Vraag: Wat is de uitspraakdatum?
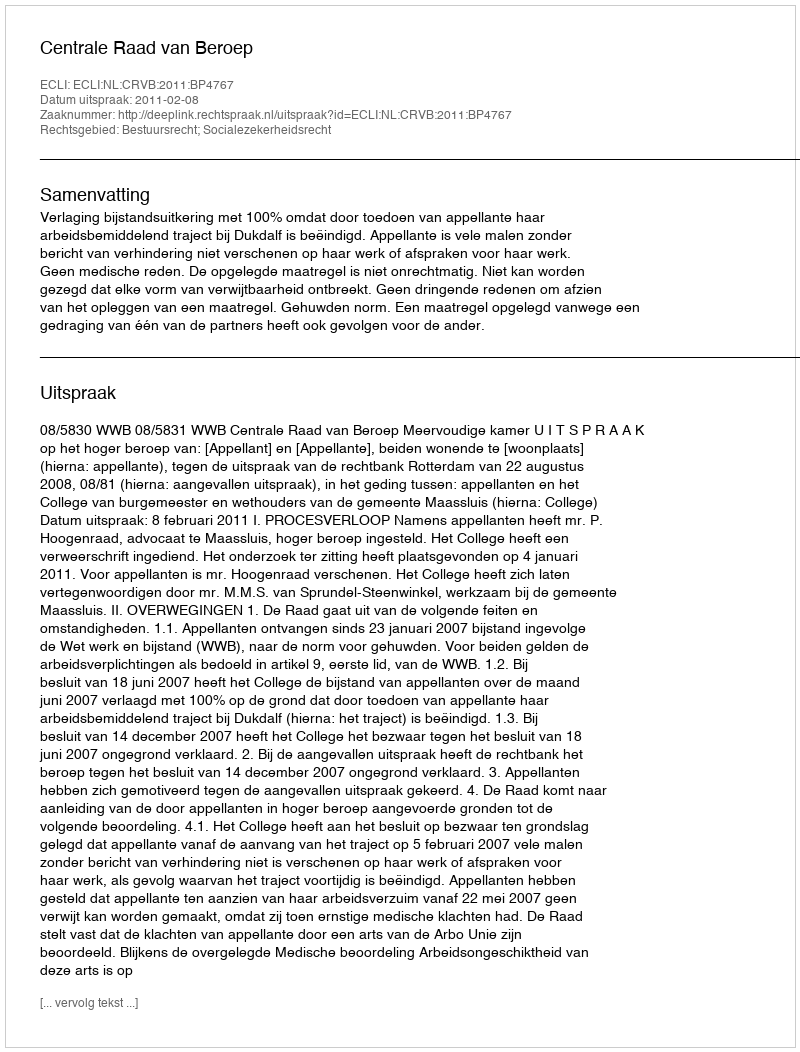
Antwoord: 2011-02-08